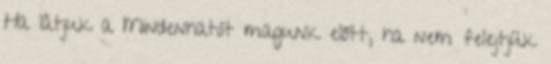
Ha látjuk a Mindenhatót magunk előtt, ha nem felejtjük